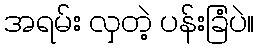
အရမ်း လှတဲ့ ပန်းခြံပဲ။